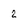
Character: 2